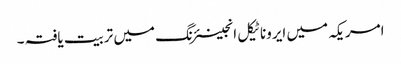
امریکہ میں ایروناٹیکل انجینئرنگ میں تربیت یافتہ ۔